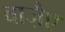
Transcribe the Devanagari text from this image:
वाजै़ए